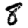
Digit: 8